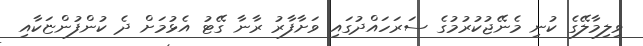
ވިލިމާލޭގެ ކުނި މެނޭޖުކުރުމުގެ ސަރަހައްދުގައި ވަށާފާރު ރާނާ ގޭޓު އެޅުމަށް ދެ ކުންފުންޏަކާއި